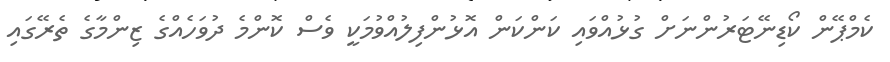
ކެމްޕޭން ކޯޑިނޭޓަރުންނަށް ގުޅުއްވައި ކަންކަން އޮޅުންފިލުއްވުމަކީ ވެސް ކޮންމެ ދުވަހެއްގެ ޒިންމާގެ ތެރޭގައި